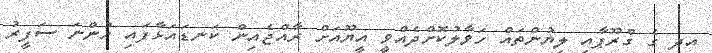
އދ ގެ ގްރޫޕާއި ލިޔުންތައް ހަވާލުކޮށްދެއްވީ އީޔޫއަށް ރާއްޖެއިން ކަނޑައަޅާފައި ހުންނަ ސަފީރު